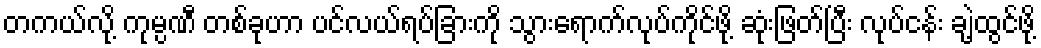
တကယ်လို့ ကုမ္ပဏီ တစ်ခုဟာ ပင်လယ်ရပ်ခြားကို သွားရောက်လုပ်ကိုင်ဖို့ ဆုံးဖြတ်ပြီး လုပ်ငန်း ချဲ့ထွင်ဖို့